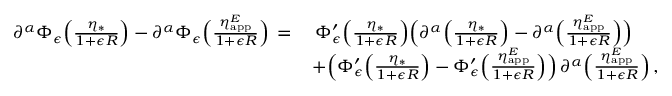
\begin{array} { r l } { \partial ^ { \alpha } \Phi _ { \epsilon } \Bigl ( \frac { \eta _ { * } } { 1 { + } \epsilon R } \Bigr ) - \partial ^ { \alpha } \Phi _ { \epsilon } \Bigl ( \frac { \eta _ { \mathrm { a p p } } ^ { E } } { 1 { + } \epsilon R } \Bigr ) \, = \, } & { \, \Phi _ { \epsilon } ^ { \prime } \Bigl ( \frac { \eta _ { * } } { 1 { + } \epsilon R } \Bigr ) \Bigl ( \partial ^ { \alpha } \Bigl ( \frac { \eta _ { * } } { 1 { + } \epsilon R } \Bigr ) - \partial ^ { \alpha } \Bigl ( \frac { \eta _ { \mathrm { a p p } } ^ { E } } { 1 { + } \epsilon R } \Bigr ) \Bigr ) } \\ & { + \Bigl ( \Phi _ { \epsilon } ^ { \prime } \Bigl ( \frac { \eta _ { * } } { 1 { + } \epsilon R } \Bigr ) - \Phi _ { \epsilon } ^ { \prime } \Bigl ( \frac { \eta _ { \mathrm { a p p } } ^ { E } } { 1 { + } \epsilon R } \Bigr ) \Bigr ) \, \partial ^ { \alpha } \Bigl ( \frac { \eta _ { \mathrm { a p p } } ^ { E } } { 1 { + } \epsilon R } \Bigr ) \, , } \end{array}